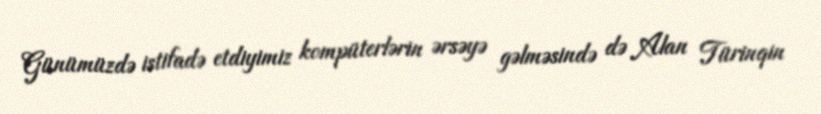
Günümüzdə istifadə etdiyimiz kompüterlərin ərsəyə gəlməsində də Alan Türinqin